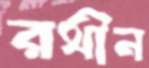
রথীন